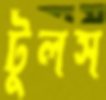
টুলস